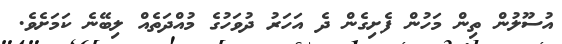
އުސޫލުން ތިން މަހުން ފެށިގެން ދެ އަހަރު ދުވަހުގެ މުއްދަތެއް ލިބޭނެ ކަމަށެވެ.